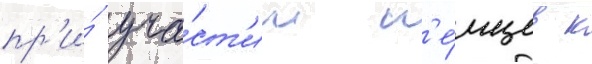
пр'и́ уча́ст'ии н'е́мцев к